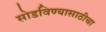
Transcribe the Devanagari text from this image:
सोडविण्यासाठीचा